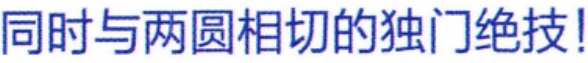
同时与两圆相切的独门绝技!